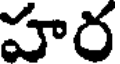
హర